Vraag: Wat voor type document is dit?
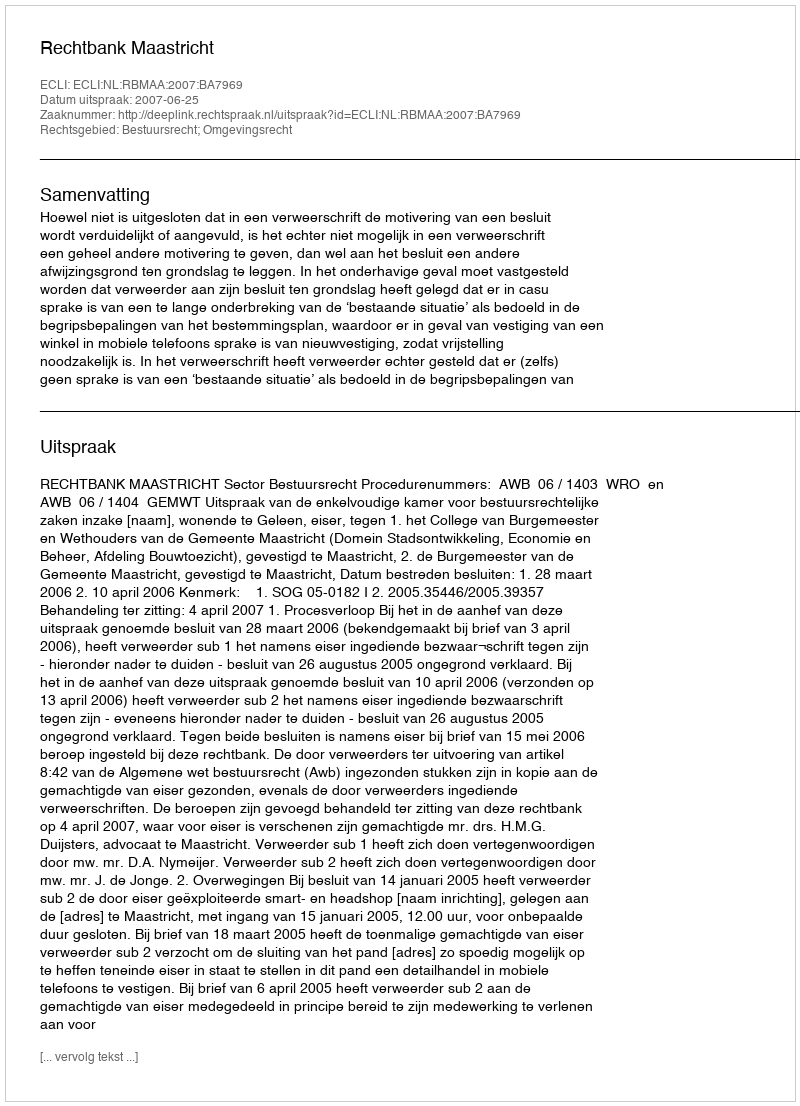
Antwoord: Uitspraak